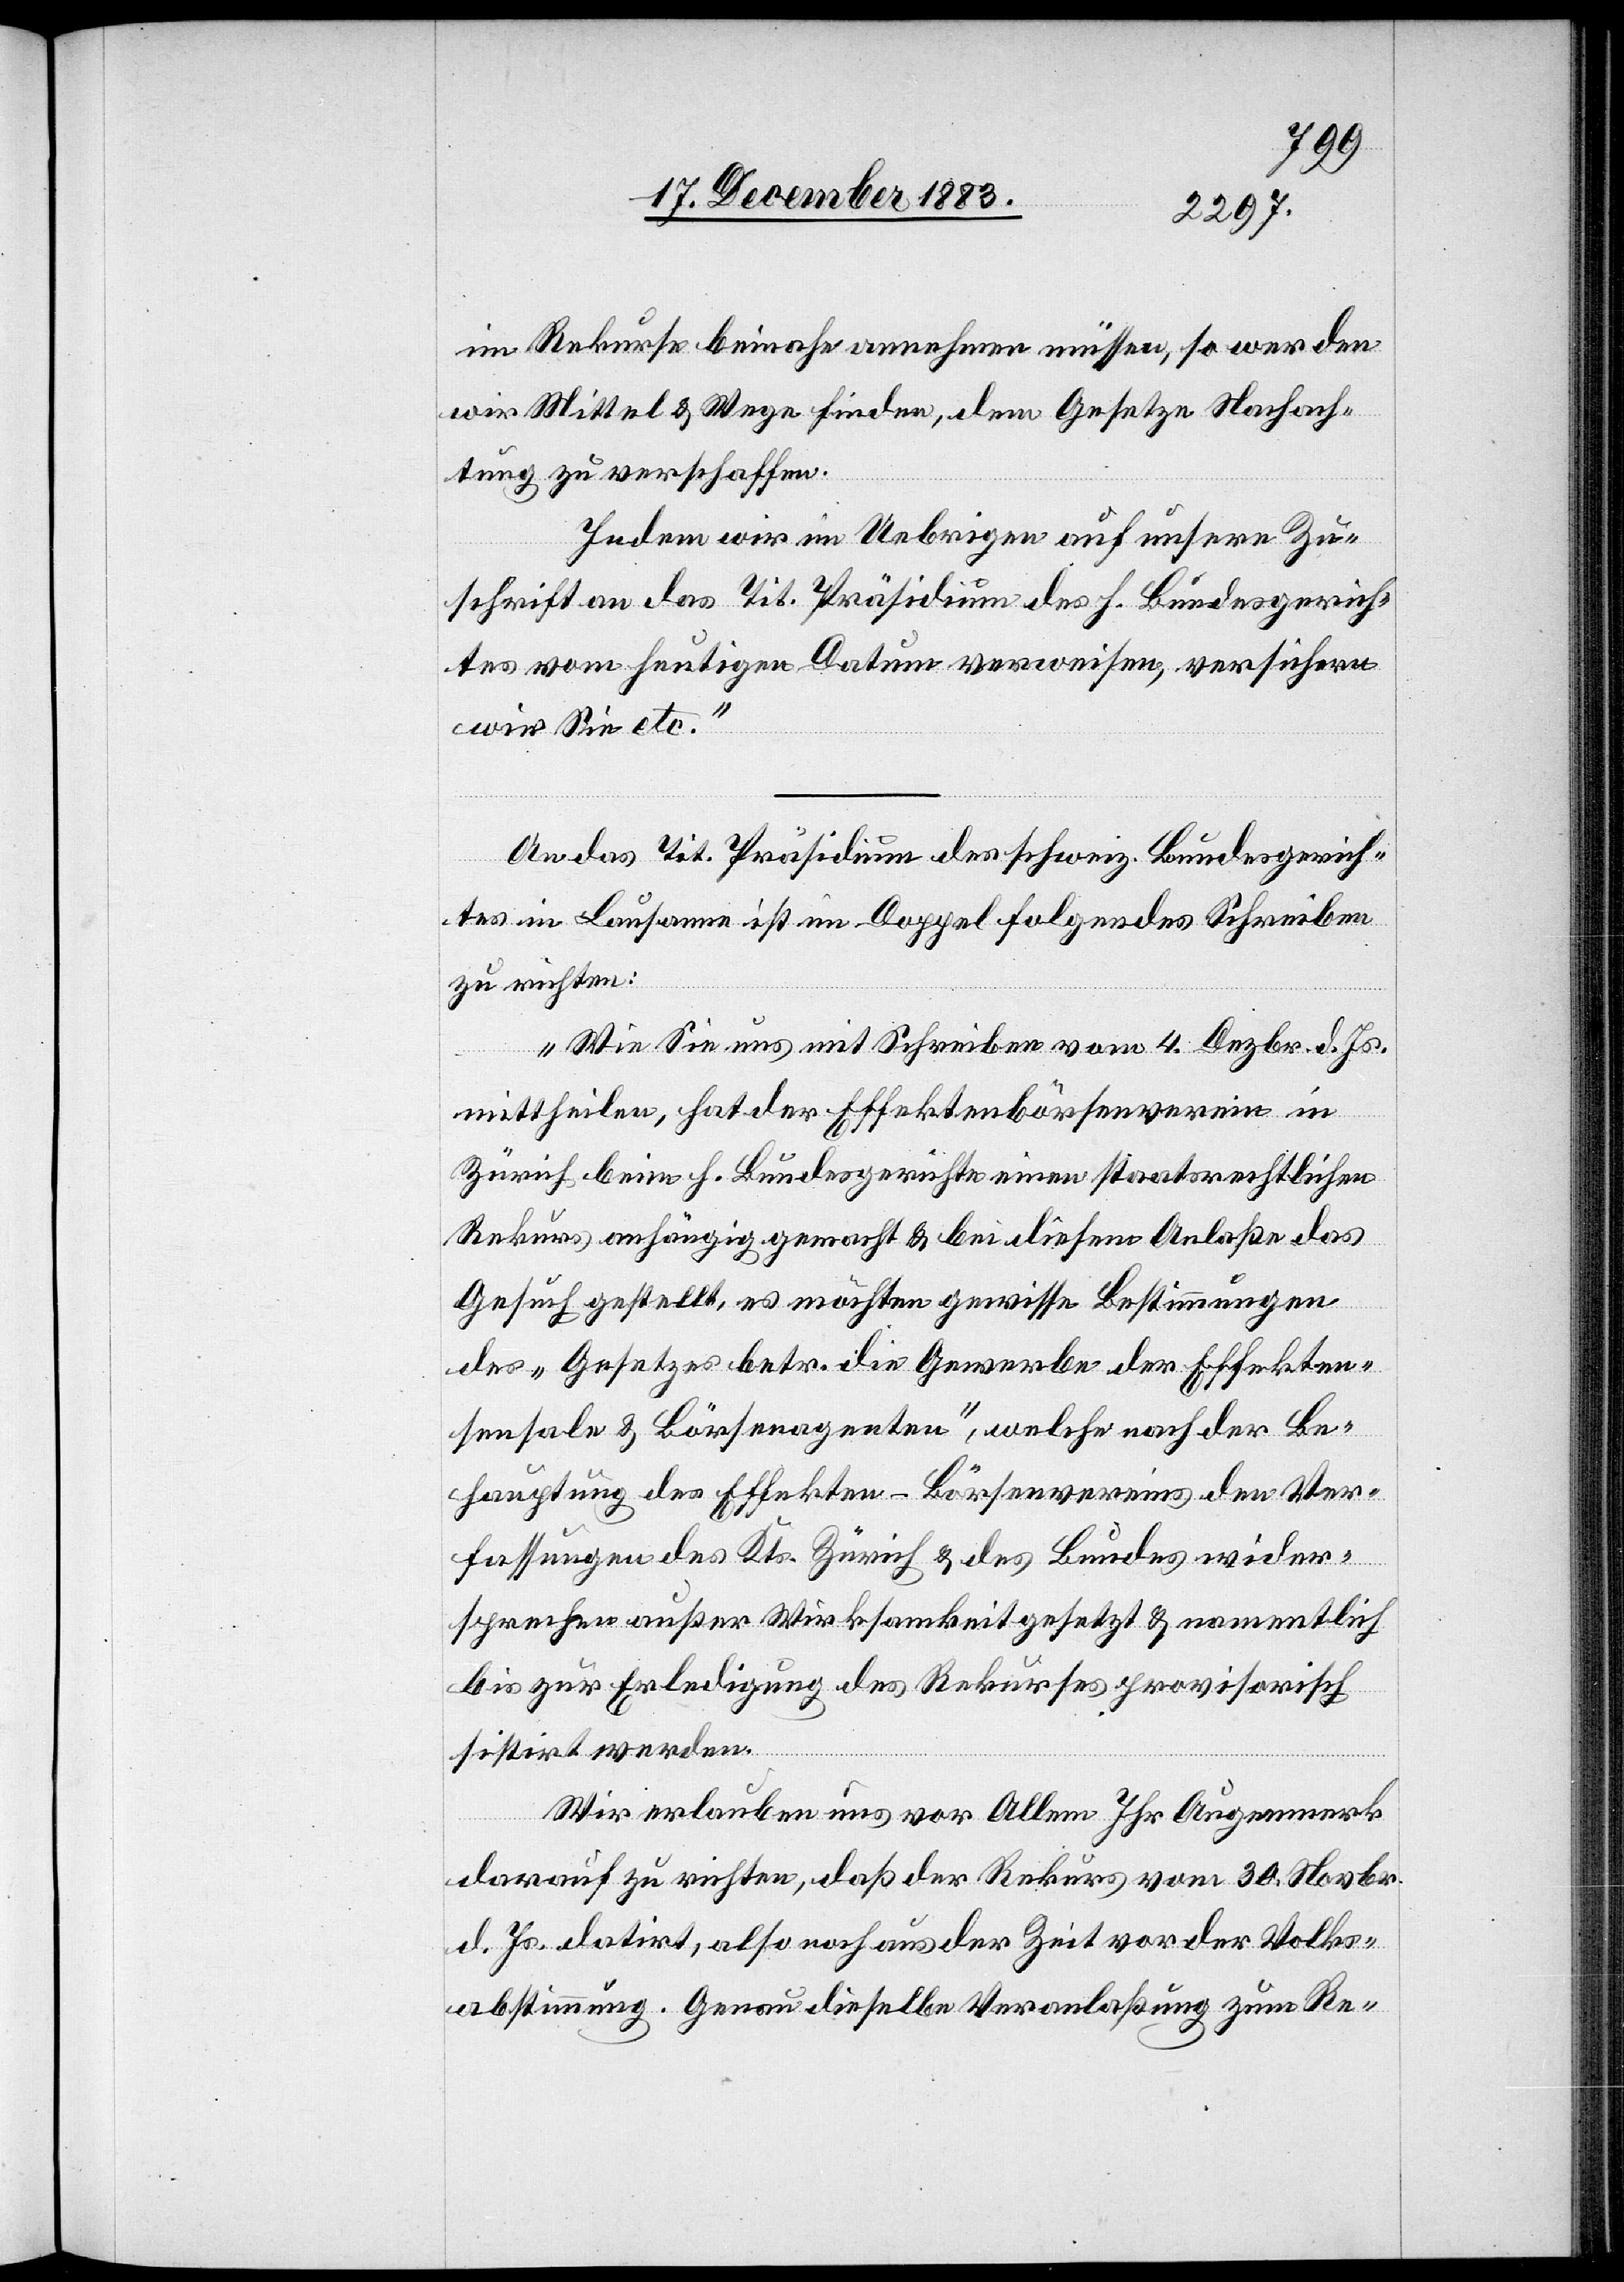
im Rekurse beinahe annehmen müssen, so werden
wir Mittel & Wege finden, dem Gesetze Nachach¬
tung zu verschaffen.
Indem wir im Uebrigen auf unsere Zu¬
schrift an das Tit. Präsidium des h. Bundesgerich¬
tes vom heutigen Datum verweisen, versichern
wir Sie etc.“
An das Tit. Präsidium des schweiz. Bundesgerich¬
tes in Lausanne ist im Doppel folgendes Schreiben
zu richten:
„Wie Sie uns mit Schreiben vom 4. Dezbr d. Js.
mittheilen, hat der Effektenbörsenverein in
Zürich beim h. Bundesgerichte einen staatsrechtlichen
Rekurs anhängig gemacht & bei diesem Anlaße das
Gesuch gestellt, es möchten gewisse Bestimmungen
des „Gesetzes betr. die Gewerbe der Effekten¬
sensale & Börsenagenten“, welche nach der Be¬
hauptung des Effekten-Börsenvereins den Ver¬
fassungen des Kts. Zürich & des Bundes wider¬
sprechen außer Wirksamkeit gesetzt & namentlich
bis zur Erledigung des Rekurses provisorisch
sistirt werden.
Wir erlauben uns vor Allem Ihr Augenmerk
darauf zu richten, daß der Rekurs vom 30. Novbr.
d. Js. datirt, also noch aus der Zeit vor der Volks¬
abstimmung. Genau dieselbe Veranlaßung zum Re-